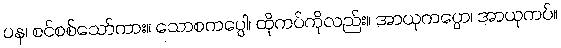
ပန၊ စင်စစ်သော်ကား။ သောစကပ္ပေါ၊ ထိုကပ်ကိုလည်း။ အာယုကပ္ပော၊ အာယုကပ်။